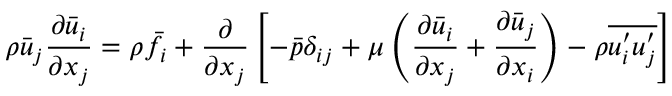
{ \rho } \Bar { u } _ { j } \frac { { \partial } \Bar { u } _ { i } } { { \partial } x _ { j } } = { \rho } \Bar { f } _ { i } + \frac { \partial } { { \partial } x _ { j } } \left[ - \Bar { p } \delta _ { i j } + \mu \left( \frac { { \partial } \Bar { u } _ { i } } { { \partial } x _ { j } } + \frac { { \partial } \Bar { u } _ { j } } { { \partial } x _ { i } } \right) - { \rho } \overline { { u _ { i } ^ { \prime } u _ { j } ^ { \prime } } } \right]